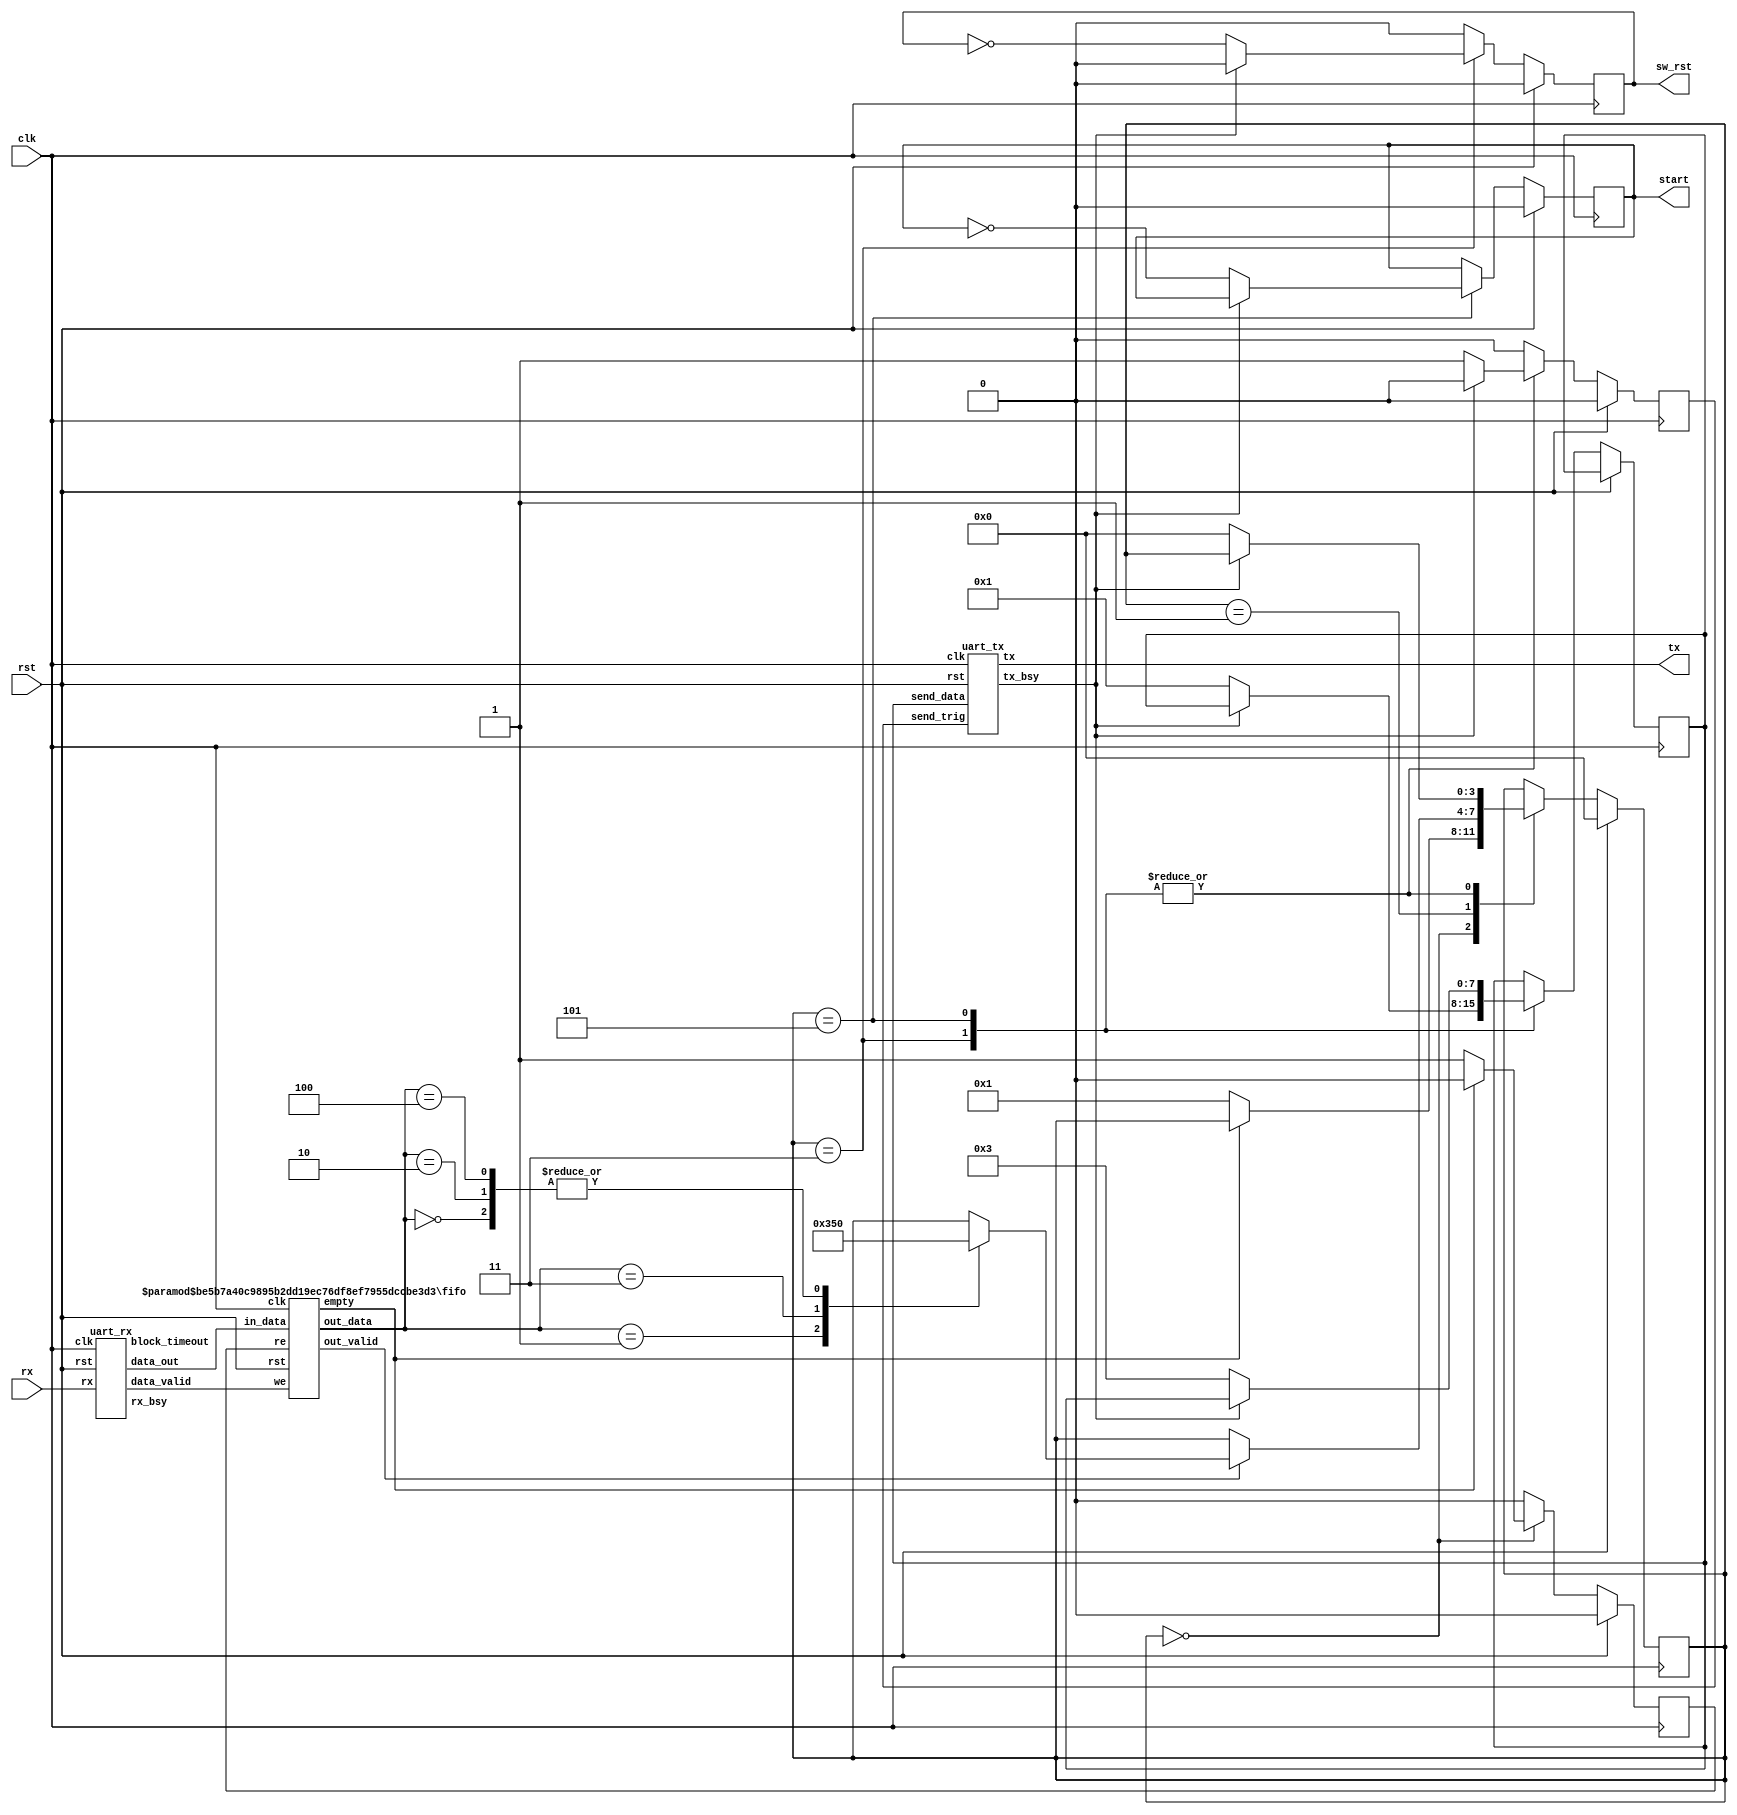


module io_protocol_controller
(
  input clk,
  input rst,
  input rx,
  output tx,
  output reg sw_rst,
  output reg start
);

  // Interface info to send, n_channel
  localparam [8-1:0] INFO_TO_SEND = 8'd1;

  // Instantiate the RX controller
  wire rx_bsy;
  wire rx_block_timeout;
  wire rx_data_valid;
  wire [8-1:0] rx_data_out;

  // Instantiate the TX controller
  reg send_trig;
  reg [8-1:0] send_data;
  wire tx_bsy;

  // Instantiate the RX fifo
  wire rx_fifo_we;
  wire [8-1:0] rx_fifo_in_data;
  reg rx_fifo_re;
  wire rx_fifo_out_valid;
  wire [8-1:0] rx_fifo_out_data;
  wire rx_fifo_empty;
  // The Rx fifo is controlled by the uart_rx module
  assign rx_fifo_we = rx_data_valid;
  assign rx_fifo_in_data = rx_data_out;

  // PC to board protocol
  localparam [8-1:0] PROT_PC_B_REQ_INFO = 8'h0;
  localparam [8-1:0] PROT_PC_B_RESET = 8'h1;
  localparam [8-1:0] PROT_PC_B_SEND_CONFIG = 8'h2;
  localparam [8-1:0] PROT_PC_B_START = 8'h3;
  localparam [8-1:0] PROT_PC_B_SEND_DATA = 8'h4;

  // Board to PC protocol
  localparam [8-1:0] PROT_B_PC_SEND_INFO = 8'h0;
  localparam [8-1:0] PROT_B_PC_RESETED = 8'h1;
  localparam [8-1:0] PROT_B_PC_CONF_RECEIVED = 8'h2;
  localparam [8-1:0] PROT_B_PC_STARTED = 8'h3;
  localparam [8-1:0] PROT_B_PC_REQ_DATA = 8'h4;
  localparam [8-1:0] PROT_B_PC_SEND_DATA = 8'h5;
  localparam [8-1:0] PROT_B_PC_DONE_RD = 8'h6;
  localparam [8-1:0] PROT_B_PC_DONE_WR = 8'h7;
  localparam [8-1:0] PROT_B_PC_DONE_ACC = 8'h8;

  // IO and protocol controller
  reg [8-1:0] fsm_io_send_data;
  reg [4-1:0] fsm_io;
  localparam [4-1:0] FSM_IDLE = 4'h0;
  localparam [4-1:0] FSM_DECODE_PROTOCOL = 4'h1;
  localparam [4-1:0] FSM_SEND_INFO = 4'h2;
  localparam [4-1:0] FSM_RESET = 4'h3;
  localparam [4-1:0] FSM_SEND_CONFIG = 4'h4;
  localparam [4-1:0] FSM_START_ACC = 4'h5;
  localparam [4-1:0] FSM_MOVE_DATA_TO_ACC = 4'h6;

  always @(posedge clk) begin
    if(rst) begin
      fsm_io <= FSM_IDLE;
      rx_fifo_re <= 1'b0;
      sw_rst <= 0;
      send_trig <= 0;
      start <= 0;
    end else begin
      rx_fifo_re <= 1'b0;
      sw_rst <= 0;
      send_trig <= 0;
      case(fsm_io)
        FSM_IDLE: begin
          if(~rx_fifo_empty) begin
            rx_fifo_re <= 1'b1;
            fsm_io <= FSM_DECODE_PROTOCOL;
          end 
        end
        FSM_DECODE_PROTOCOL: begin
          if(rx_fifo_out_valid) begin
            case(rx_fifo_out_data)
              PROT_PC_B_REQ_INFO: begin
                fsm_io <= FSM_IDLE;
              end
              PROT_PC_B_RESET: begin
                fsm_io <= FSM_RESET;
              end
              PROT_PC_B_SEND_CONFIG: begin
                fsm_io <= FSM_IDLE;
              end
              PROT_PC_B_START: begin
                fsm_io <= FSM_START_ACC;
              end
              PROT_PC_B_SEND_DATA: begin
                fsm_io <= FSM_IDLE;
              end
            endcase
          end 
        end
        FSM_SEND_INFO: begin
        end
        FSM_RESET: begin
          if(~tx_bsy) begin
            send_trig <= 1;
            send_data <= PROT_B_PC_RESETED;
            sw_rst <= ~sw_rst;
            fsm_io <= FSM_IDLE;
          end 
        end
        FSM_SEND_CONFIG: begin
        end
        FSM_START_ACC: begin
          if(~tx_bsy) begin
            send_trig <= 1;
            send_data <= PROT_B_PC_STARTED;
            start <= ~start;
            fsm_io <= FSM_IDLE;
          end 
        end
        FSM_MOVE_DATA_TO_ACC: begin
        end
      endcase
    end
  end


  fifo
  #(
    .FIFO_WIDTH(8),
    .FIFO_DEPTH_BITS(5)
  )
  rx_fifo
  (
    .clk(clk),
    .rst(rst),
    .we(rx_fifo_we),
    .in_data(rx_fifo_in_data),
    .re(rx_fifo_re),
    .out_valid(rx_fifo_out_valid),
    .out_data(rx_fifo_out_data),
    .empty(rx_fifo_empty)
  );


  uart_rx
  uart_rx
  (
    .clk(clk),
    .rst(rst),
    .rx(rx),
    .rx_bsy(rx_bsy),
    .block_timeout(rx_block_timeout),
    .data_valid(rx_data_valid),
    .data_out(rx_data_out)
  );


  uart_tx
  uart_tx
  (
    .clk(clk),
    .rst(rst),
    .send_trig(send_trig),
    .send_data(send_data),
    .tx(tx),
    .tx_bsy(tx_bsy)
  );


  initial begin
    sw_rst = 0;
    start = 0;
    send_trig = 0;
    send_data = 0;
    rx_fifo_re = 0;
    fsm_io_send_data = 0;
    fsm_io = 0;
  end


endmodule



module fifo #
(
  parameter FIFO_WIDTH = 8,
  parameter FIFO_DEPTH_BITS = 2,
  parameter FIFO_ALMOSTFULL_THRESHOLD = 2 ** FIFO_DEPTH_BITS - 2,
  parameter FIFO_ALMOSTEMPTY_THRESHOLD = 2
)
(
  input clk,
  input rst,
  input we,
  input [FIFO_WIDTH-1:0] in_data,
  input re,
  output reg out_valid,
  output reg [FIFO_WIDTH-1:0] out_data,
  output reg empty,
  output reg almostempty,
  output reg full,
  output reg almostfull,
  output reg [FIFO_DEPTH_BITS+1-1:0] data_count
);

  reg [FIFO_DEPTH_BITS-1:0] read_pointer;
  reg [FIFO_DEPTH_BITS-1:0] write_pointer;
  reg [FIFO_WIDTH-1:0] mem [0:2**FIFO_DEPTH_BITS-1];

  always @(posedge clk) begin
    if(rst) begin
      empty <= 1;
      almostempty <= 1;
      full <= 0;
      almostfull <= 0;
      read_pointer <= 0;
      write_pointer <= 0;
      data_count <= 0;
    end else begin
      case({ we, re })
        3: begin
          read_pointer <= read_pointer + 1;
          write_pointer <= write_pointer + 1;
        end
        2: begin
          if(~full) begin
            write_pointer <= write_pointer + 1;
            data_count <= data_count + 1;
            empty <= 0;
            if(data_count == FIFO_ALMOSTEMPTY_THRESHOLD - 1) begin
              almostempty <= 0;
            end 
            if(data_count == 2 ** FIFO_DEPTH_BITS - 1) begin
              full <= 1;
            end 
            if(data_count == FIFO_ALMOSTFULL_THRESHOLD - 1) begin
              almostfull <= 1;
            end 
          end 
        end
        1: begin
          if(~empty) begin
            read_pointer <= read_pointer + 1;
            data_count <= data_count - 1;
            full <= 0;
            if(data_count == FIFO_ALMOSTFULL_THRESHOLD) begin
              almostfull <= 0;
            end 
            if(data_count == 1) begin
              empty <= 1;
            end 
            if(data_count == FIFO_ALMOSTEMPTY_THRESHOLD) begin
              almostempty <= 1;
            end 
          end 
        end
      endcase
    end
  end


  always @(posedge clk) begin
    if(rst) begin
      out_valid <= 0;
    end else begin
      out_valid <= 0;
      if(we == 1) begin
        mem[write_pointer] <= in_data;
      end 
      if(re == 1) begin
        out_data <= mem[read_pointer];
        out_valid <= 1;
      end 
    end
  end


endmodule



module uart_rx
(
  input clk,
  input rst,
  input rx,
  output reg rx_bsy,
  output reg block_timeout,
  output reg data_valid,
  output reg [8-1:0] data_out
);

  // 27MHz
  // 3Mbits
  localparam CLKPERFRM = 86;
  // bit order is lsb-msb
  localparam TBITAT = 5;
  // START BIT
  localparam BIT0AT = 11;
  localparam BIT1AT = 20;
  localparam BIT2AT = 29;
  localparam BIT3AT = 38;
  localparam BIT4AT = 47;
  localparam BIT5AT = 56;
  localparam BIT6AT = 65;
  localparam BIT7AT = 74;
  localparam PBITAT = 80;
  // STOP bit
  localparam BLK_TIMEOUT = 20;
  // this depends on your USB UART chip

  // rx flow control
  reg [8-1:0] rx_cnt;

  //logic rx_sync
  reg rx_hold;
  reg timeout;
  wire frame_begin;
  wire frame_end;
  wire start_invalid;
  wire stop_invalid;

  always @(posedge clk) begin
    if(rst) begin
      rx_hold <= 1'b0;
    end else begin
      rx_hold <= rx;
    end
  end

  // negative edge detect
  assign frame_begin = &{ ~rx_bsy, ~rx, rx_hold };
  // final count
  assign frame_end = &{ rx_bsy, rx_cnt == CLKPERFRM };
  // START bit must be low  for 80% of the bit duration
  assign start_invalid = &{ rx_bsy, rx_cnt < TBITAT, rx };
  // STOP  bit must be high for 80% of the bit duration
  assign stop_invalid = &{ rx_bsy, rx_cnt > PBITAT, ~rx };

  always @(posedge clk) begin
    if(rst) begin
      rx_bsy <= 1'b0;
    end else begin
      if(frame_begin) begin
        rx_bsy <= 1'b1;
      end else if(|{ start_invalid, stop_invalid }) begin
        rx_bsy <= 1'b0;
      end else if(frame_end) begin
        rx_bsy <= 1'b0;
      end 
    end
  end

  // count if frame is valid or until the timeout

  always @(posedge clk) begin
    if(rst) begin
      rx_cnt <= 8'd0;
    end else begin
      if(frame_begin) begin
        rx_cnt <= 8'd0;
      end else if(|{ start_invalid, stop_invalid, frame_end }) begin
        rx_cnt <= 8'd0;
      end else if(~timeout) begin
        rx_cnt <= rx_cnt + 1;
      end else begin
        rx_cnt <= 8'd0;
      end
    end
  end

  // this just stops the rx_cnt

  always @(posedge clk) begin
    if(rst) begin
      timeout <= 1'b0;
    end else begin
      if(frame_begin) begin
        timeout <= 1'b0;
      end else if(&{ ~rx_bsy, rx_cnt == BLK_TIMEOUT }) begin
        timeout <= 1'b1;
      end 
    end
  end

  // this signals the end of block uart transfer

  always @(posedge clk) begin
    if(rst) begin
      block_timeout <= 1'b0;
    end else begin
      if(&{ ~rx_bsy, rx_cnt == BLK_TIMEOUT }) begin
        block_timeout <= 1'b1;
      end else begin
        block_timeout <= 1'b0;
      end
    end
  end

  // this pulses upon completion of a clean frame

  always @(posedge clk) begin
    if(rst) begin
      data_valid <= 1'b0;
    end else begin
      if(frame_end) begin
        data_valid <= 1'b1;
      end else begin
        data_valid <= 1'b0;
      end
    end
  end

  // rx data control

  always @(posedge clk) begin
    if(rst) begin
      data_out <= 8'd0;
    end else begin
      if(rx_bsy) begin
        case(rx_cnt)
          BIT0AT: begin
            data_out[0] <= rx;
          end
          BIT1AT: begin
            data_out[1] <= rx;
          end
          BIT2AT: begin
            data_out[2] <= rx;
          end
          BIT3AT: begin
            data_out[3] <= rx;
          end
          BIT4AT: begin
            data_out[4] <= rx;
          end
          BIT5AT: begin
            data_out[5] <= rx;
          end
          BIT6AT: begin
            data_out[6] <= rx;
          end
          BIT7AT: begin
            data_out[7] <= rx;
          end
        endcase
      end 
    end
  end


  initial begin
    rx_bsy = 0;
    block_timeout = 0;
    data_valid = 0;
    data_out = 0;
    rx_cnt = 0;
    rx_hold = 0;
    timeout = 0;
  end


endmodule



module uart_tx
(
  input clk,
  input rst,
  input send_trig,
  input [8-1:0] send_data,
  output reg tx,
  output reg tx_bsy
);

  // 27MHz
  // 3Mbps
  localparam CLKPERFRM = 90;
  // bit order is lsb-msb
  localparam TBITAT = 1;
  // START bit
  localparam BIT0AT = 10;
  localparam BIT1AT = 19;
  localparam BIT2AT = 28;
  localparam BIT3AT = 37;
  localparam BIT4AT = 46;
  localparam BIT5AT = 55;
  localparam BIT6AT = 64;
  localparam BIT7AT = 73;
  localparam PBITAT = 82;
  // STOP bit

  // tx flow control 
  reg [8-1:0] tx_cnt;

  // buffer
  reg [8-1:0] data2send;
  wire frame_begin;
  wire frame_end;
  assign frame_begin = &{ send_trig, ~tx_bsy };
  assign frame_end = &{ tx_bsy, tx_cnt == CLKPERFRM };

  always @(posedge clk) begin
    if(rst) begin
      tx_bsy <= 1'b0;
    end else begin
      if(frame_begin) begin
        tx_bsy <= 1'b1;
      end else if(frame_end) begin
        tx_bsy <= 1'b0;
      end 
    end
  end


  always @(posedge clk) begin
    if(rst) begin
      tx_cnt <= 8'd0;
    end else begin
      if(frame_end) begin
        tx_cnt <= 8'd0;
      end else if(tx_bsy) begin
        tx_cnt <= tx_cnt + 1;
      end 
    end
  end


  always @(posedge clk) begin
    if(rst) begin
      data2send <= 8'd0;
    end else begin
      data2send <= send_data;
    end
  end


  always @(posedge clk) begin
    if(rst) begin
      tx <= 1'b1;
    end else begin
      if(tx_bsy) begin
        case(tx_cnt)
          TBITAT: begin
            tx <= 1'b0;
          end
          BIT0AT: begin
            tx <= data2send[0];
          end
          BIT1AT: begin
            tx <= data2send[1];
          end
          BIT2AT: begin
            tx <= data2send[2];
          end
          BIT3AT: begin
            tx <= data2send[3];
          end
          BIT4AT: begin
            tx <= data2send[4];
          end
          BIT5AT: begin
            tx <= data2send[5];
          end
          BIT6AT: begin
            tx <= data2send[6];
          end
          BIT7AT: begin
            tx <= data2send[7];
          end
          PBITAT: begin
            tx <= 1'b0;
          end
        endcase
      end else begin
        tx <= 1'b1;
      end
    end
  end


  initial begin
    tx = 1;
    tx_bsy = 0;
    tx_cnt = 0;
    data2send = 0;
  end


endmodule